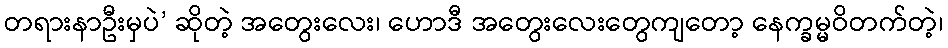
တရားနာဦးမှပဲ’ ဆိုတဲ့ အတွေးလေး၊ ဟောဒီ အတွေးလေးတွေကျတော့ နေက္ခမ္မဝိတက်တဲ့၊